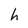
Character: h